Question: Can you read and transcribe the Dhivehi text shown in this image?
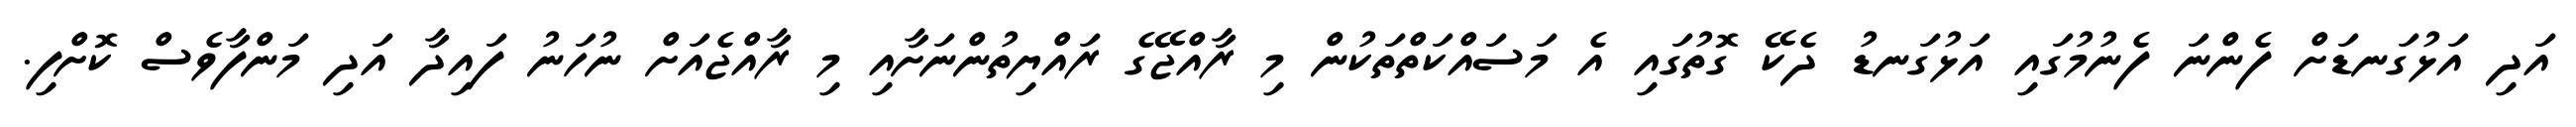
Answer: އަދި އަޅުގަނޑަށް ފެންނަ ފެނުމުގައި އަޅުގަނޑު ދެކޭ ގޮތުގައި އެ މަސައްކަތްތަކުން މި ރާއްޖޭގެ ރައްޔިތުންނަށާއި މި ރާއްޖެއަށް ނުހަނު ފައިދާ އަދި މަންފާވެސް ކޮށްފި.